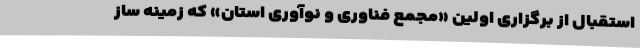
استقبال از برگزاری اولین «مجمع فناوری و نوآوری استان» که زمینه ساز